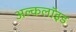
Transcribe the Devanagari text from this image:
अल्कलॉइड